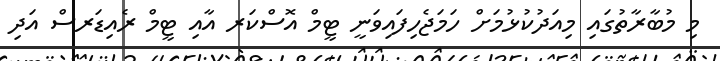
މި މުބާރާތުގައި މިއަދުކުޅުމަށް ހަމަޖެހިފައިވަނީ ޓީމް އޮސްކަރ އާއި ޓީމް ރެއިޑަރސް އަދި